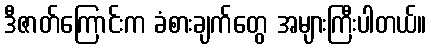
ဒီဇာတ်ကြောင်းက ခံစားချက်တွေ အများကြီးပါတယ်။